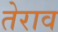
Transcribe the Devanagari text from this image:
तेराव